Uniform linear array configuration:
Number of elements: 12
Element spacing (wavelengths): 1
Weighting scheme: binomial
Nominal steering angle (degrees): -60
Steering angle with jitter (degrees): -60.664
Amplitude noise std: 0.05
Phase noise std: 0.05

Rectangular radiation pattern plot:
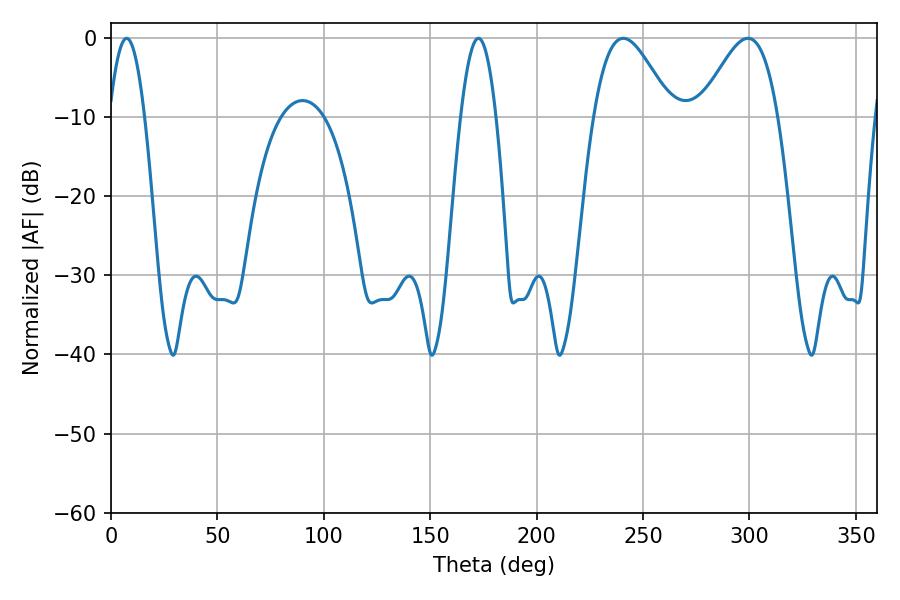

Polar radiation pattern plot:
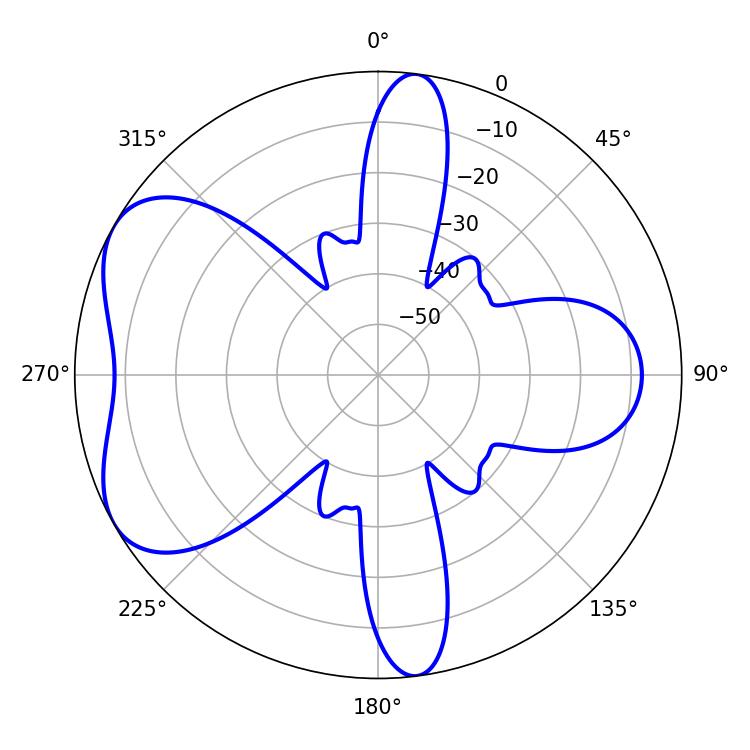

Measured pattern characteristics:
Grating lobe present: TRUE
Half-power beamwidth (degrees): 19.44
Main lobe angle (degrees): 240.66